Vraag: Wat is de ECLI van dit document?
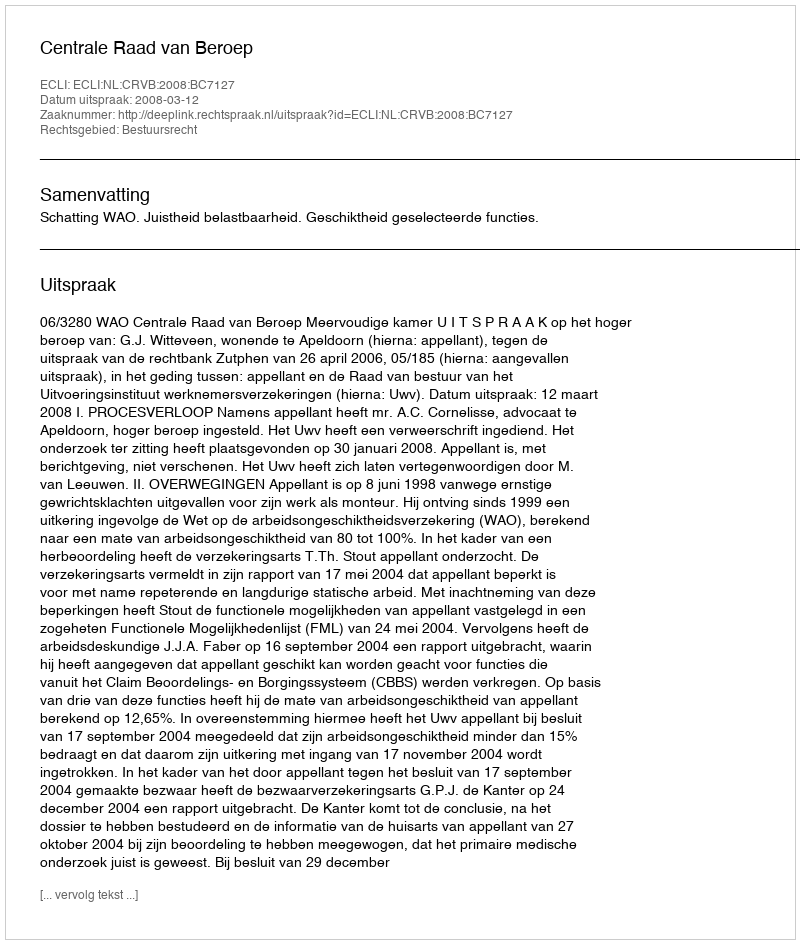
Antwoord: ECLI:NL:CRVB:2008:BC7127